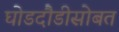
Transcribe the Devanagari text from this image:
घोडदौडीसोबत